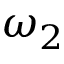
\omega _ { 2 }